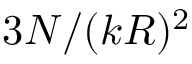
3 N / ( k R ) ^ { 2 }